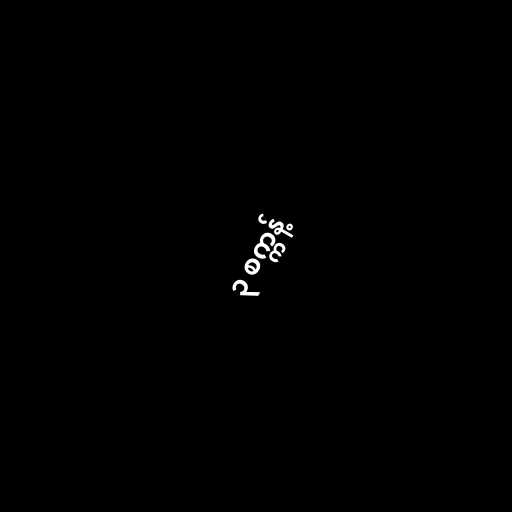
၃ စက္ကန့်